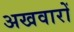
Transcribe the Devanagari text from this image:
अखवारों